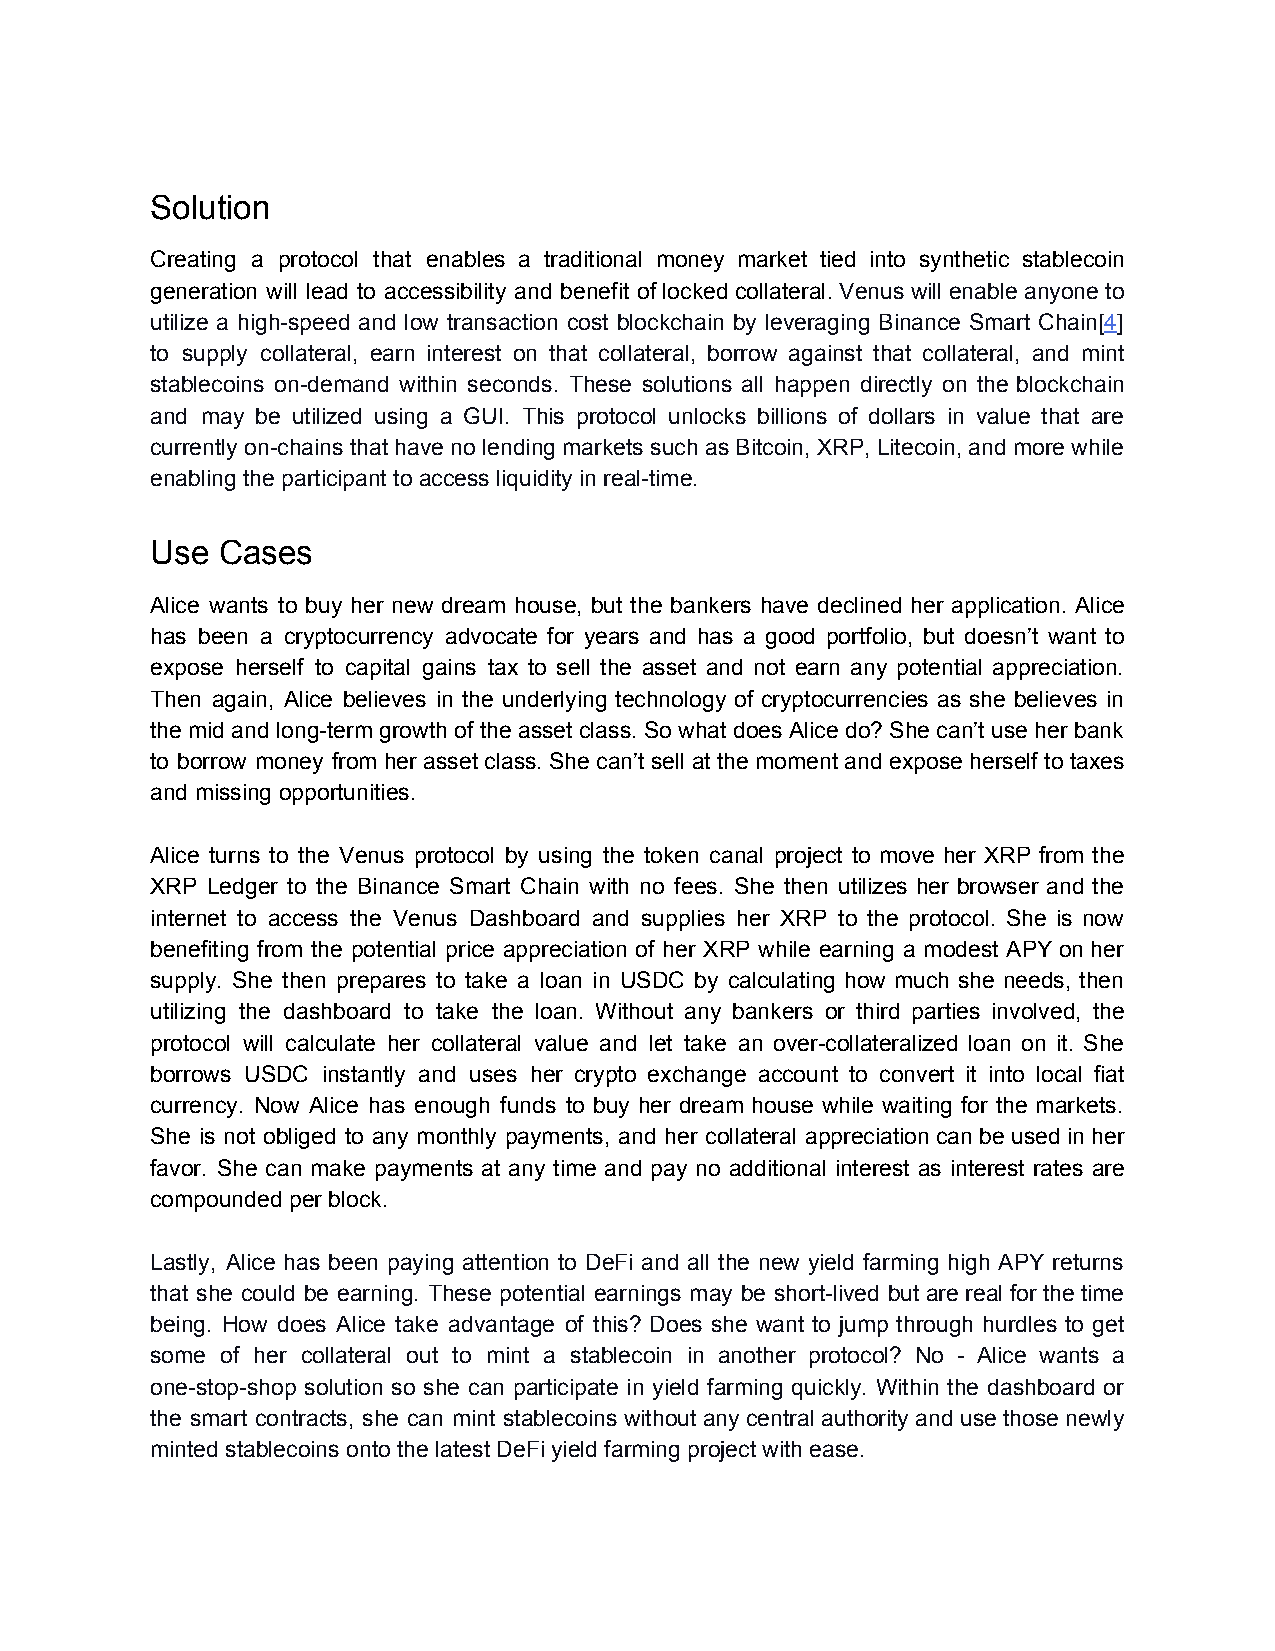
Solution
 Creating a protocol that enables a traditional money market tied into synthetic stablecoin
 generation will lead to accessibility and benefit of locked collateral. Venus will enable anyone to
 ​
 utilize a high-speed and low transaction cost blockchain by leveraging Binance Smart Chain[4]
 ​ ​
 to supply collateral, earn interest on that collateral, borrow against that collateral, and mint
 stablecoins on-demand within seconds. These solutions all happen directly on the blockchain
 and may be utilized using a GUI. This protocol unlocks billions of dollars in value that are
 currently on-chains that have no lending markets such as Bitcoin, XRP, Litecoin, and more while
 enabling the participant to access liquidity in real-time.
 Use Cases
 Alice wants to buy her new dream house, but the bankers have declined her application. Alice
 has been a cryptocurrency advocate for years and has a good portfolio, but doesn’t want to
 expose herself to capital gains tax to sell the asset and not earn any potential appreciation.
 Then again, Alice believes in the underlying technology of cryptocurrencies as she believes in
 the mid and long-term growth of the asset class. So what does Alice do? She can’t use her bank
 to borrow money from her asset class. She can’t sell at the moment and expose herself to taxes
 and missing opportunities.
 Alice turns to the Venus protocol by using the token canal project to move her XRP from the
 XRP Ledger to the Binance Smart Chain with no fees. She then utilizes her browser and the
 internet to access the Venus Dashboard and supplies her XRP to the protocol. She is now
 benefiting from the potential price appreciation of her XRP while earning a modest APY on her
 supply. She then prepares to take a loan in USDC by calculating how much she needs, then
 utilizing the dashboard to take the loan. Without any bankers or third parties involved, the
 protocol will calculate her collateral value and let take an over-collateralized loan on it. She
 borrows USDC instantly and uses her crypto exchange account to convert it into local fiat
 currency. Now Alice has enough funds to buy her dream house while waiting for the markets.
 She is not obliged to any monthly payments, and her collateral appreciation can be used in her
 favor. She can make payments at any time and pay no additional interest as interest rates are
 compounded per block.
 Lastly, Alice has been paying attention to DeFi and all the new yield farming high APY returns
 that she could be earning. These potential earnings may be short-lived but are real for the time
 being. How does Alice take advantage of this? Does she want to jump through hurdles to get
 some of her collateral out to mint a stablecoin in another protocol? No - Alice wants a
 one-stop-shop solution so she can participate in yield farming quickly. Within the dashboard or
 the smart contracts, she can mint stablecoins without any central authority and use those newly
 minted stablecoins onto the latest DeFi yield farming project with ease.